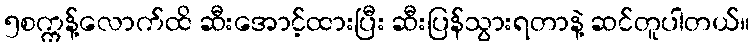
၅စက္ကန့်လောက်ထိ ဆီးအောင့်ထားပြီး ဆီးပြန်သွားရတာနဲ့ ဆင်တူပါတယ်။